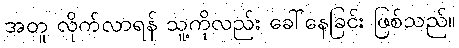
အတူ လိုက်လာရန် သူ့ကိုလည်း ခေါ်နေခြင်း ဖြစ်သည်။